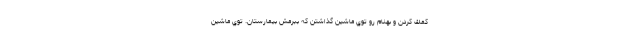
كمك كردن و بهنام رو توي ماشين گذاشتن كه ببرمش بيمارستان. توي ماشين